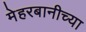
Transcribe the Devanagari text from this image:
मेहरबानीच्या